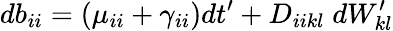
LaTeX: db_{ii}=(\mu_{ii}+\gamma_{ii})dt^{\prime}+D_{iikl}\; dW_{kl}^{\prime}